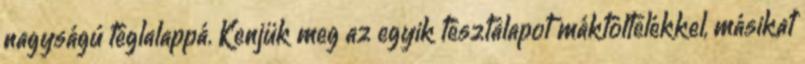
nagyságú téglalappá. Kenjük meg az egyik tésztalapot máktöltelékkel, másikat